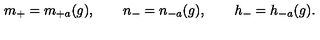
m _ { + } = m _ { + a } ( g ) , \qquad n _ { - } = n _ { - a } ( g ) , \qquad h _ { - } = h _ { - a } ( g ) .